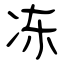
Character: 冻